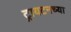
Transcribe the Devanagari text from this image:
ट्रायटनच्या